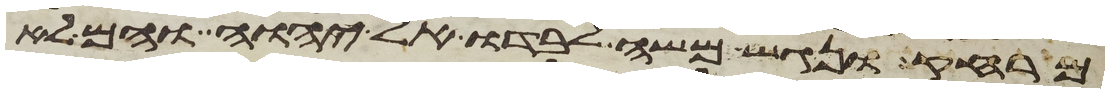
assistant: מרחק ונגש משה לבדו אל יהוה והם לא